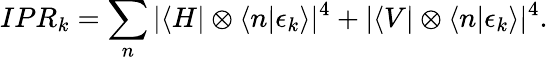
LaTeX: IPR_{k}=\sum_{n}|\langle H|\otimes\langle n|\epsilon_{k}\rangle|^{4}+|\langle V|\otimes\langle n|\epsilon_{k}\rangle|^{4}.